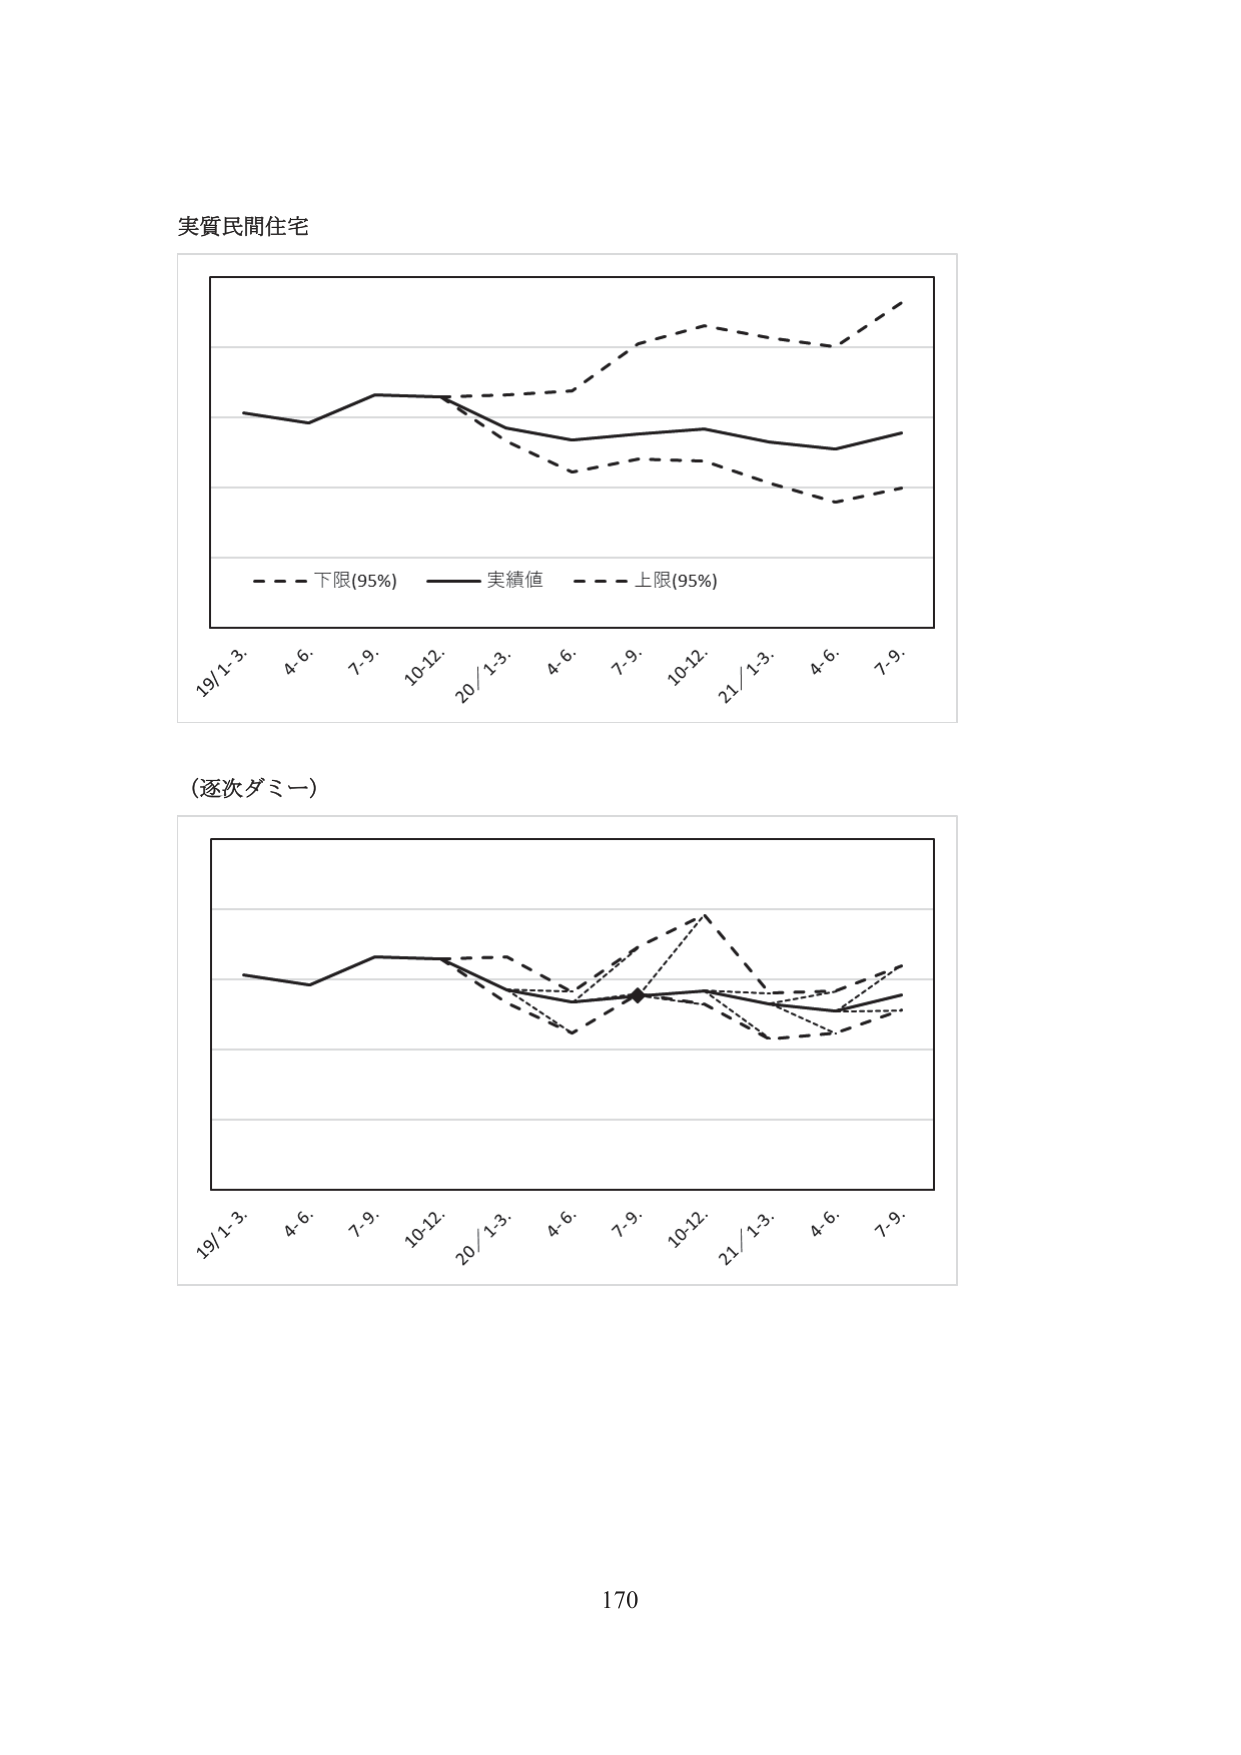
実質民間住宅

- - - 下限(95%) —— 実績値 - - - 上限(95%)

19/1-3. 4-6. 7-9. 10-12. 20/1-3. 4-6. 7-9. 10-12. 21/1-3. 4-6. 7-9.

(逐次ダミー)

19/1-3. 4-6. 7-9. 10-12. 20/1-3. 4-6. 7-9. 10-12. 21/1-3. 4-6. 7-9.

170